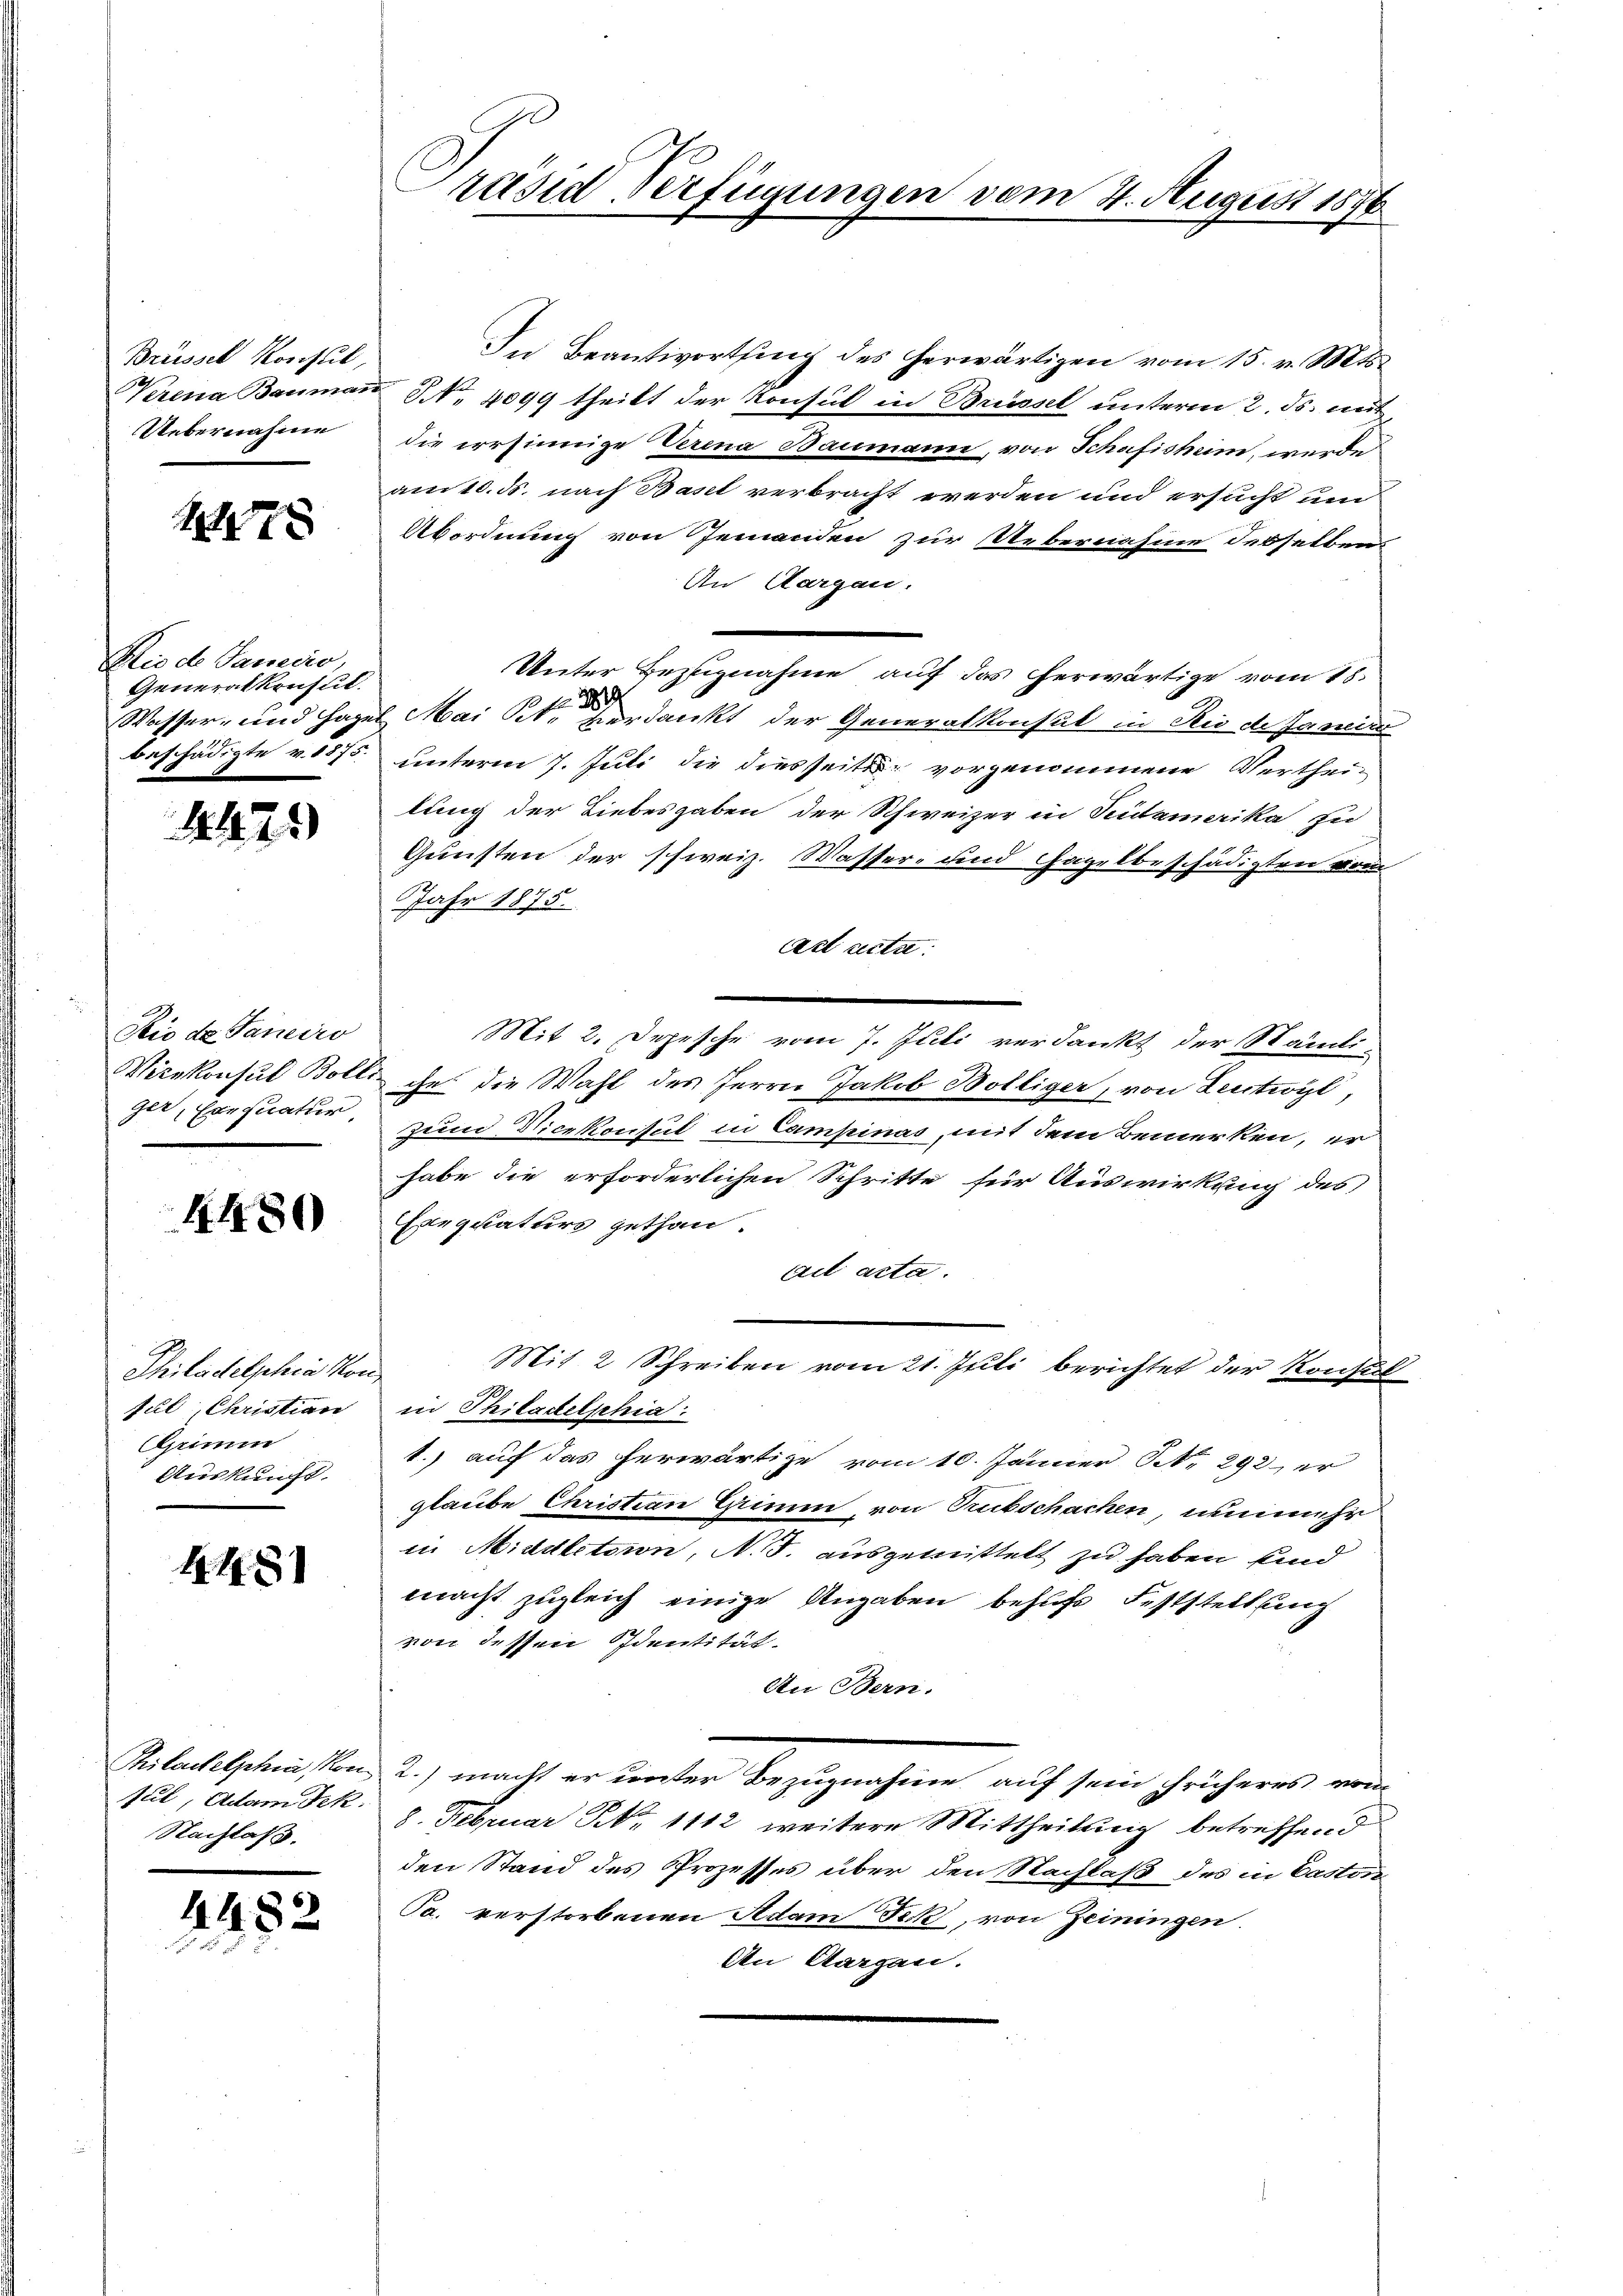
Brüssel Konsul,
Werena Bauman
Uebernahme

xx

Rio de Sanedio,
Generalkonsul
Wasser, und Hagen
beschädigte v. 1875.

1429)

Rio de Janeiro
Wizekonsul Bole
ger, Exequatur,

4430

Philadelphia von
fil, Christian
Grimm
Auskunft.

1481

Philantelschen Kon
sul, Adam Fek.
Nachlaß.

4482

räsid Verfügungen vom 4. August 1876

In Beantwortung des herwärtigen vom 15. v. Mts.
Nr. 4099 theilt der Konsul in Brüssel unterm 2. ds. mit
die irrsinnige Verena Baumann, von Schafisheim, werden
amtl. ds. nach Basel verbracht werden und ersucht un
Abordnung von Jemanden zur Uebernahme desselben
An Aargau.
Unter Bezugnahme auf das herwärtige vom 18.
3819
 Mai Pct. verdankt der Generalkonsul in Rio de Janeiru
unterm 7. Juli die diesseits vorgenommene Vertheilung der Liebesgaben der Schweizer in Seidamerika zu
Gunsten der schweiz. Wasser- und Hagelbeschädigten vom
Jahr 1875.
Act acta.
Mit 2. Depesche vom 7. Juli verdankt der Ständi-
ihr. die Wahl des Herrn Jakob Bölliger, von Lectione,
Zund Vicekocisul in Campinas, mit dem Bemerken, er
habe die erforderlichen Schritte für Auswirkung des
Exequaturs gethan.
ail acta.
Mit 2 Schreiben vom 21. Juli berichtet der Konsul
in Philadelphia
1.) auf das herwärtige vom 10. Jänner NNo. 292 er
glaube Christian Einen von Subschachen nunmehr
in Middletion, N. S. ausgemittelt zu haben sind
macht zugleich einige Angaben behufs Feststellung
von dessen Identität.
An Bern.
2.) macht er unter Bezugnahme auf sein früheres vom
8. Februar Nr. 1112 weitere Mittheilung betreffend
den Stand des Prozesses über den Nachlaß des in Caston
Ta. verstorbenen Adam Fik, von Zeiningen.
An Aargau.